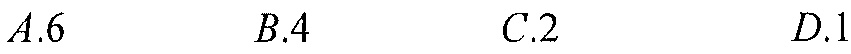
\(A.6\)  \(B.4\)  \(C.2\)  \(D.1\)